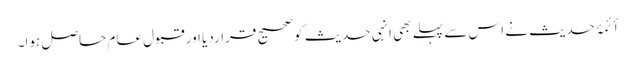
أئمۂ حدیث نے اس سے پہلے بھی انہی حدیث کوصحیح قراردیا اور قبول عام حاصل ہوا۔